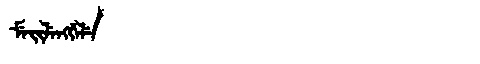
Manchu: ᠮᡝᡳᠯᡝᠩᡤᡝᠯᡝ
Romanization: MEILENGGELE